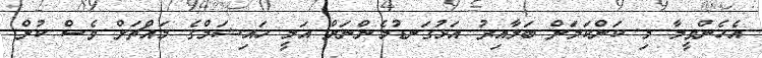
އެހެންވީމާ މި ކަންކަމަށް ބަލާއިރު އަޅުގަނޑުމެންނަށް އަލީ ހައިޝަމްގެ މައްޗަށް ވެސް ކުށް